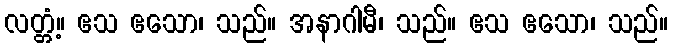
လတ္တံ့။ ဧသ ဧသော၊ သည်။ အနာဂါမီ၊ သည်။ ဧသ ဧသော၊ သည်။